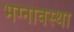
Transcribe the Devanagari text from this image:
भग्‍नावस्‍था